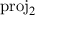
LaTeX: \mathrm { p r o j } _ { 2 }